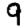
Digit: 9